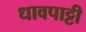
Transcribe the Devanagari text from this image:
धावपाट्टी